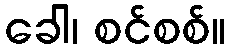
ခေါ၊ စင်စစ်။